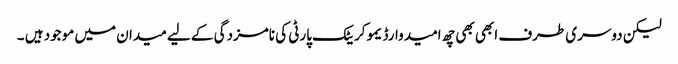
لیکن دوسری طرف ابھی بھی چھ امیدوارڈیموکریٹک پارٹی کی نامزدگی کے لیے میدان میں موجود ہیں ۔